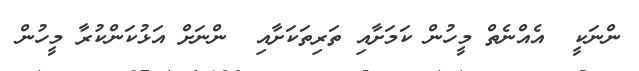
ންނަކީ  އެއްނެތް މީހުން ކަމަށާއި ތަރިތަކަށާއި  ންނަށް އަޅުކަންކުރާ މީހުން